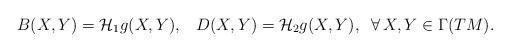
LaTeX: \begin{align*} B(X,Y)=\mathcal{H}_{1}g(X,Y),\;\;\;D(X,Y)=\mathcal{H}_{2}g(X,Y),\;\;\forall\, X,Y\in\Gamma(TM).\end{align*}